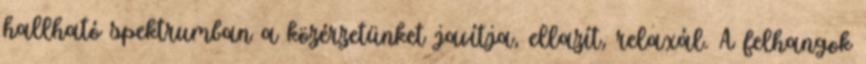
hallható spektrumban a közérzetünket javítja, ellazít, relaxál. A felhangok